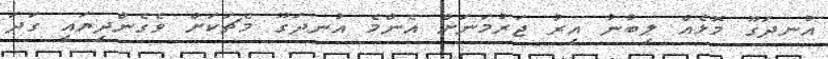
އުނދަގޫ މޮޅެއް ލިބުނު އިރު ޖަރުމަނަށް އެންމެ އުނދަގޫ މެޗަކަށް ވެގެންދިޔައީ ގަދަ